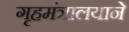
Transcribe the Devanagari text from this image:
गृहमंत्रालयाने